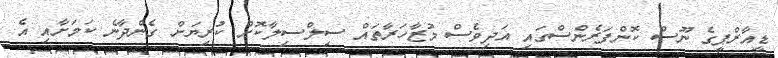
ޑީއާރްޕީގެ ނޫސް ކޮންފަރެންސްގައި އަދިވެސް މުޒާހަރާތައް ސިލްސިލާކޮށް ކުރިޔަށް ގެންދާނެ ކަމަށާއި އެ